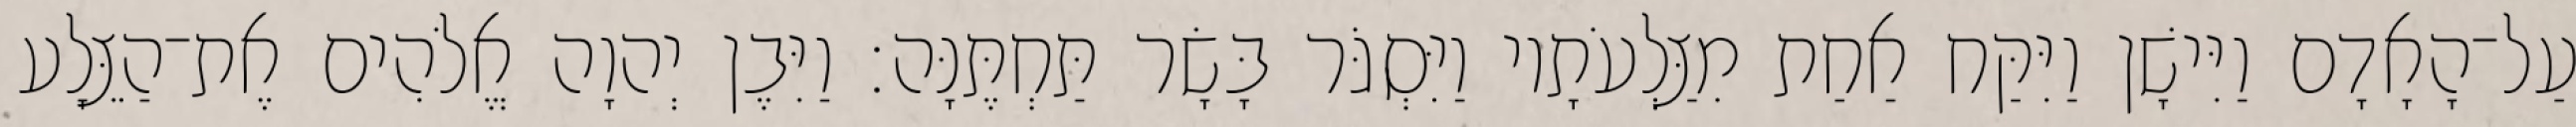
עַל־הָאָדָם וַיִּישָׁן וַיִּקַּח אַחַת מִצַּלְעֹתָיו וַיִּסְגֹּר בָּשָׂר תַּחְתֶּנָּה׃ וַיִּבֶן יְהוָה אֱלֹהִים אֶת־הַצֵּלָע